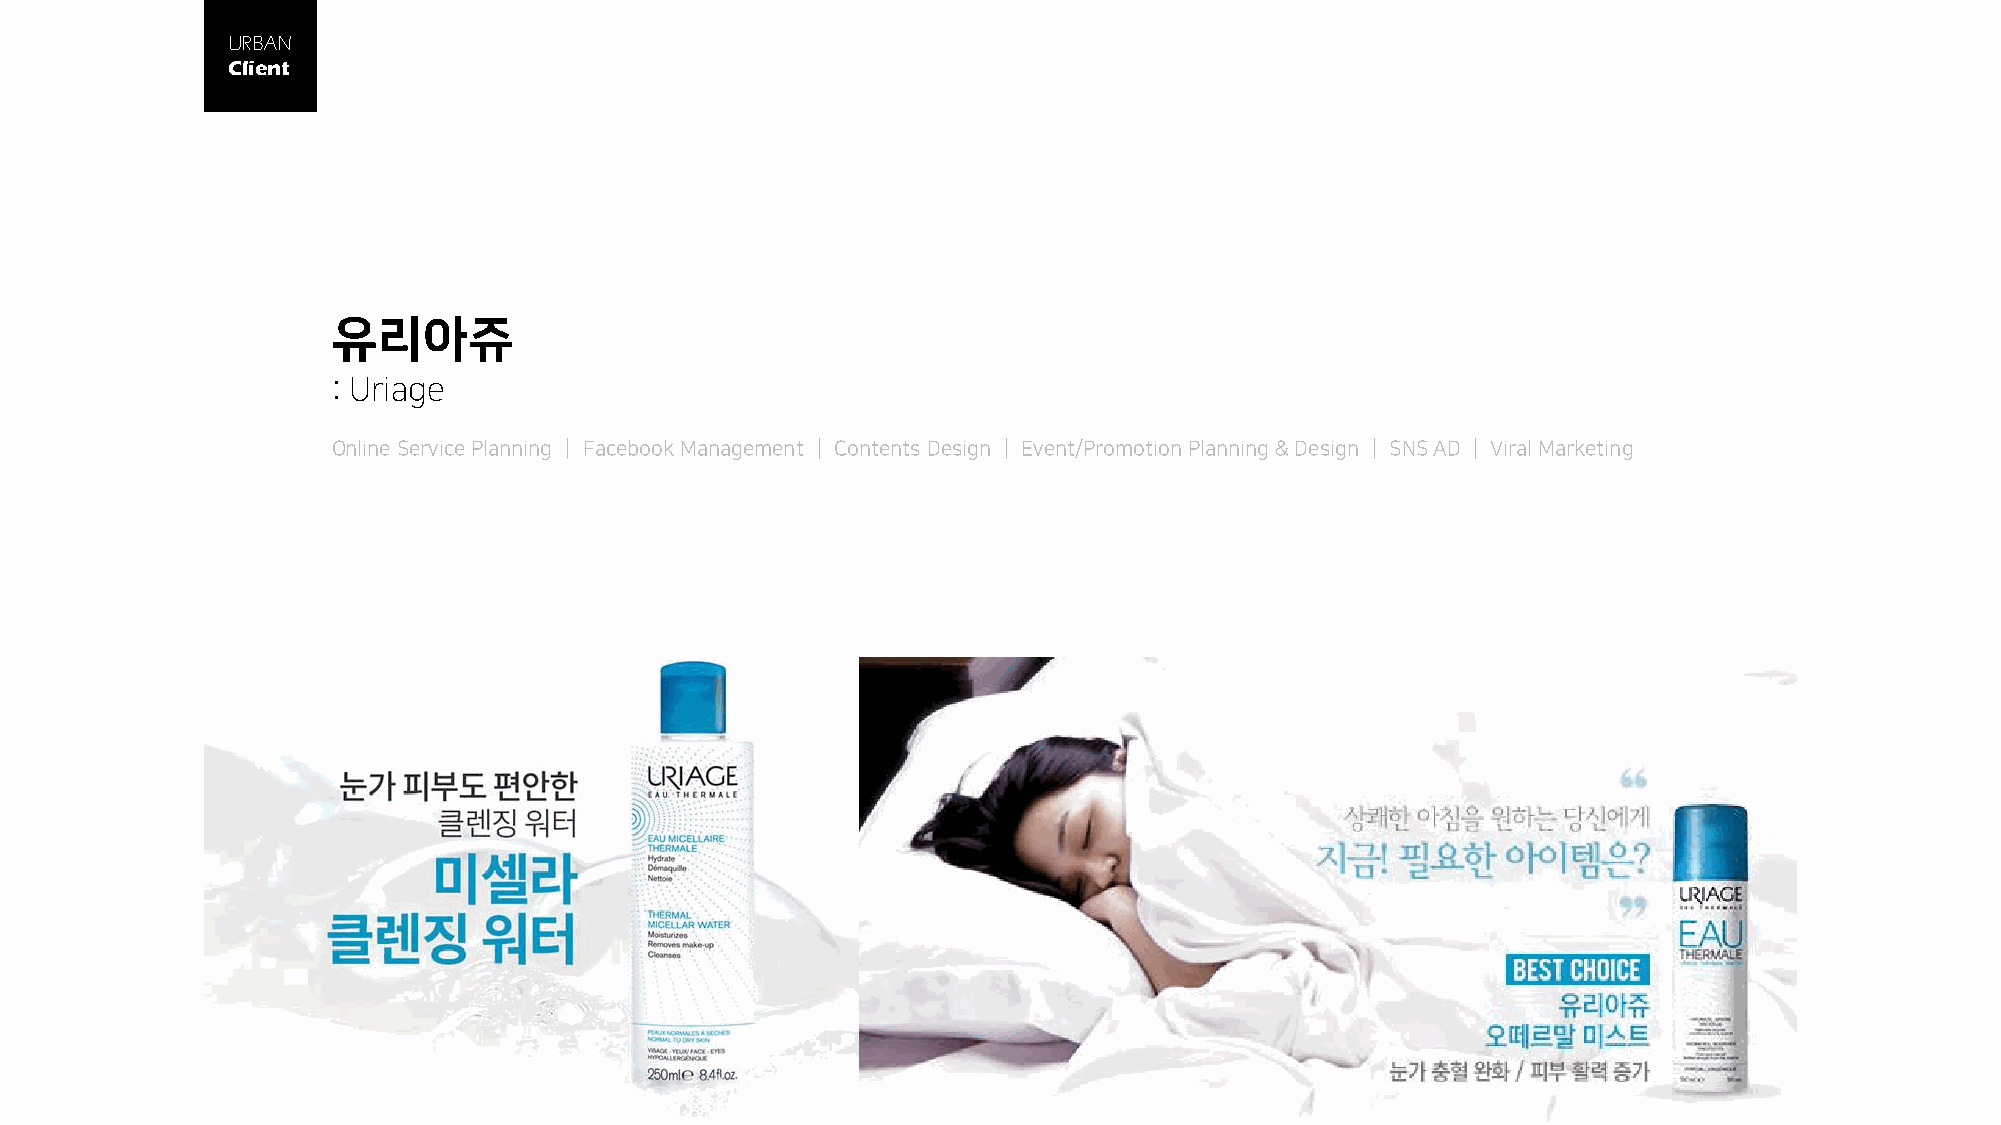
URBAN
 Client
 유리아쥬
 : Uriage
 Online Service Planning │ Facebook Management │ Contents Design │ Event/Promotion Planning & Design │ SNS AD │ Viral Marketing